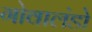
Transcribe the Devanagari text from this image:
गोवालंडो